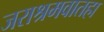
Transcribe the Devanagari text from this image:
जराश्रमवातहा